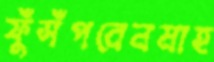
ফুঁসঁপবেনমাহ